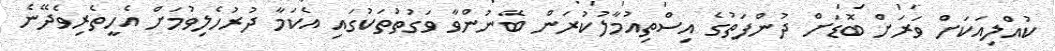
ކުއްލިއަކަށް ވަރަށް ބޮޑަށް ދުންފަތުގެ އިސްތިއުމާލުކުރަން ބޭނުންވާ ވަގުތުތަކުގައި އެކަމާ ދުރުހެލިވުމަށް އެހީތެރިވެދޭނެ